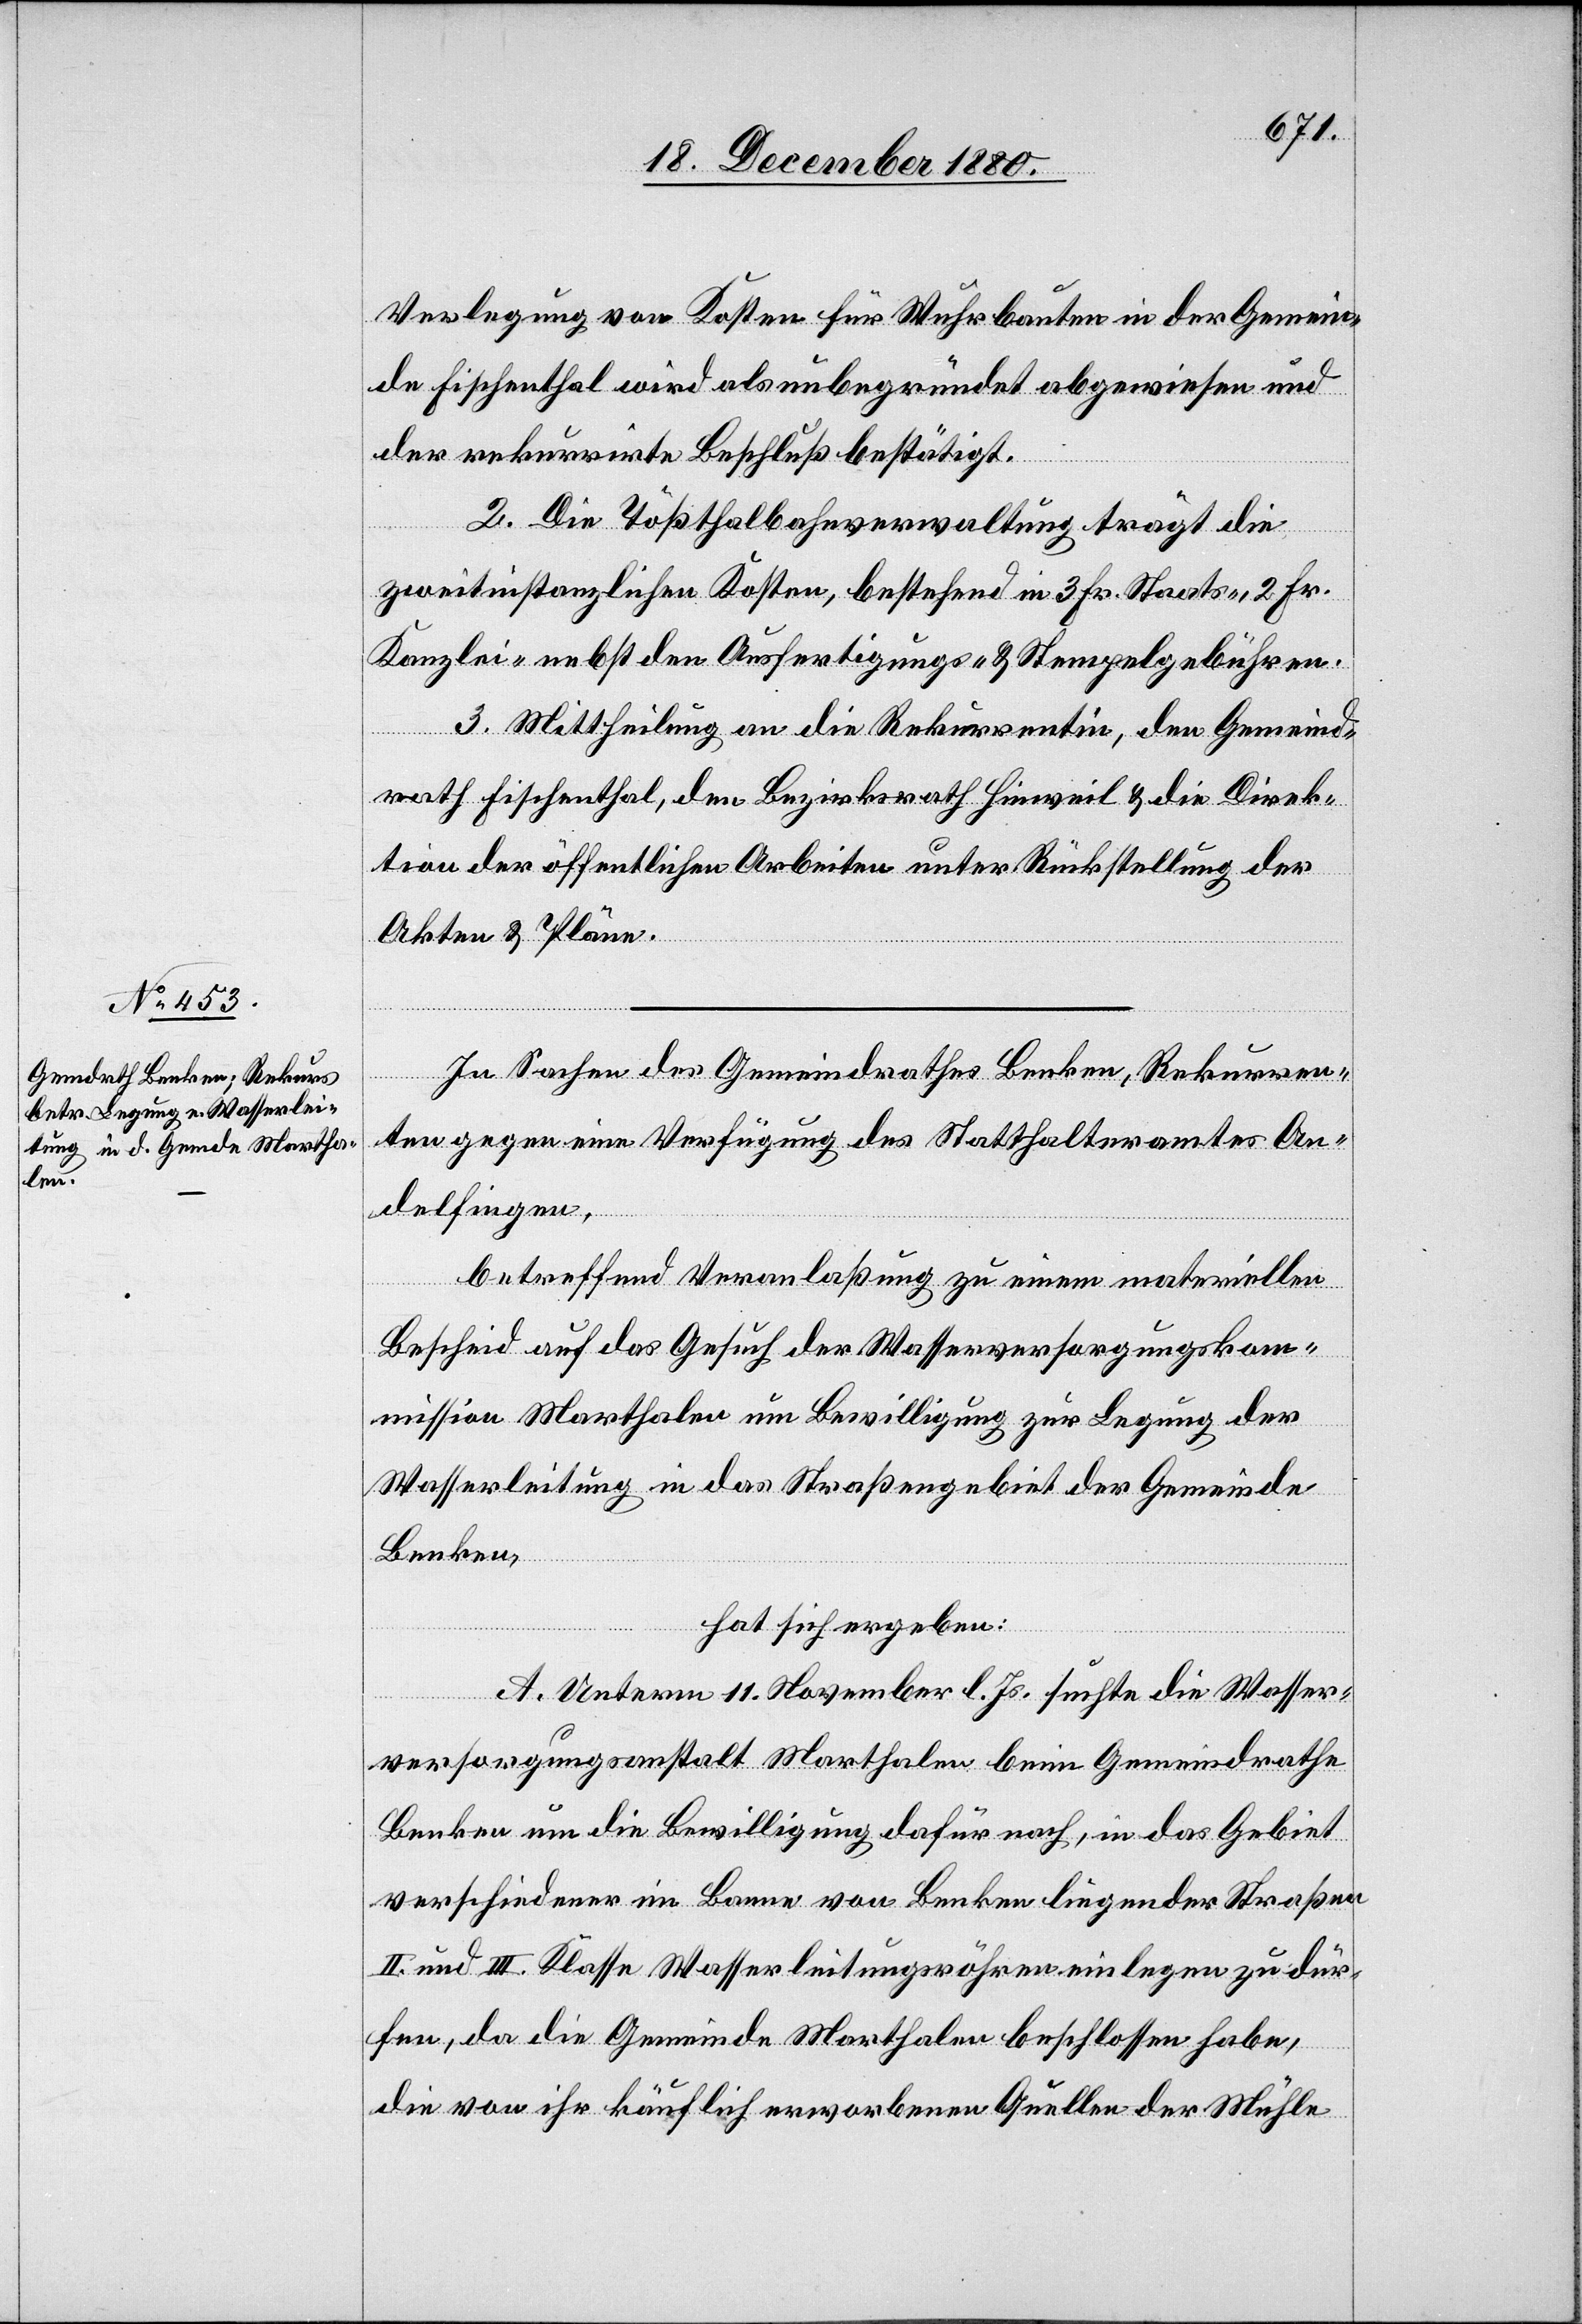
Verlegung von Kosten für Wuhrbauten in der Gemein¬
de Fischenthal wird als unbegründet abgewiesen und
der rekurrirte Beschluß bestätigt.
2. Die Tößthalbahnverwaltung trägt die
zweitinstanzlichen Kosten, bestehend in 3 Fr. Staats-, 2 Fr.
Kanzlei- nebst den Ausfertigungs- & Stempelgebühren.
3. Mittheilung an die Rekurrentin, den Gemeind¬
rath Fischenthal, den Bezirksrath Hinweil & die Direk¬
tion der öffentlichen Arbeiten unter Rückstellung der
Akten & Pläne.
In Sachen des Gemeindrathes Benken, Rekurren¬
ten gegen eine Verfügung des Statthalteramtes An¬
delfingen,
betreffend Veranlaßung zu einem materiellen
Bescheid auf das Gesuch der Wasserversorgungskom¬
mission Marthalen um Bewilligung zur Legung der
Wasserleitung in das Straßengebiet der Gemeinde
Benken,
hat sich ergeben:
A. Unterm 11. November l. Js. suchte die Wasser¬
versorgungsanstalt Marthalen beim Gemeindrathe
Benken um die Bewilligung dafür nach, in das Gebiet
verschiedener im Banne von Benken liegender Straßen
II. und III. Klasse Wasserleitungsröhren einlegen zu dür¬
fen, da die Gemeinde Marthalen beschlossen habe,
die von ihr käuflich erworbenen Quellen der Mühle